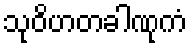
သုဝိဟတခါဏုကံ